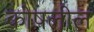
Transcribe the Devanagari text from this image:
कोषलील